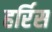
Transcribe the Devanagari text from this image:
हर्रिस